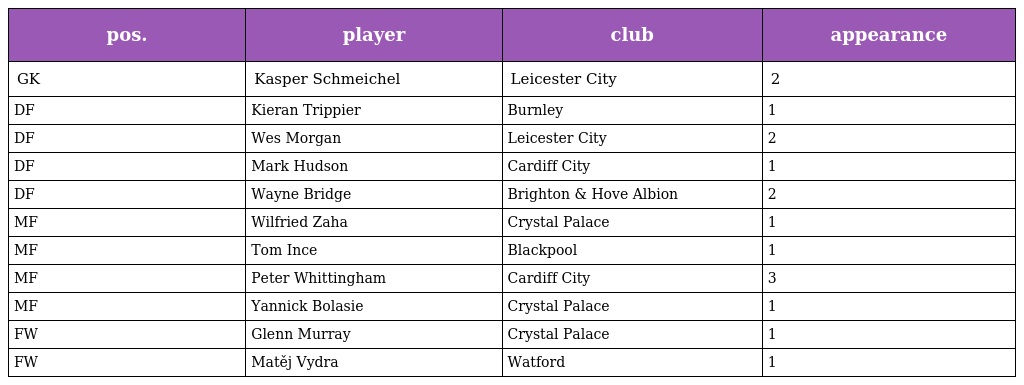
| pos. | player | club | appearance |
 | --- | --- | --- | --- |
 | GK | Kasper Schmeichel | Leicester City | 2 |
 | DF | Kieran Trippier | Burnley | 1 |
 | DF | Wes Morgan | Leicester City | 2 |
 | DF | Mark Hudson | Cardiff City | 1 |
 | DF | Wayne Bridge | Brighton & Hove Albion | 2 |
 | MF | Wilfried Zaha | Crystal Palace | 1 |
 | MF | Tom Ince | Blackpool | 1 |
 | MF | Peter Whittingham | Cardiff City | 3 |
 | MF | Yannick Bolasie | Crystal Palace | 1 |
 | FW | Glenn Murray | Crystal Palace | 1 |
 | FW | Matěj Vydra | Watford | 1 |